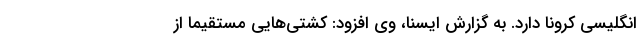
انگلیسی کرونا دارد. به گزارش ایسنا، وی افزود: کشتی‌هایی مستقیما از